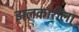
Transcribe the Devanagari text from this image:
झलकारीला